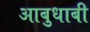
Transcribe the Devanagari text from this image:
आबुधाबी